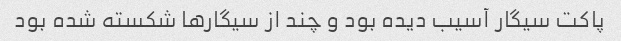
پاکت سیگار آسیب دیده بود و چند از سیگار‌ها شکسته شده بود